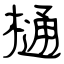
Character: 樋